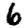
Digit: 6